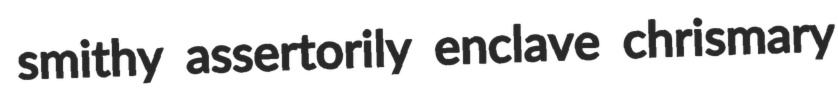
smithy assertorily enclave chrismary